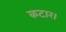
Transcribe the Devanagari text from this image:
कटार।